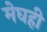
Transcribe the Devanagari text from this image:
मेघही